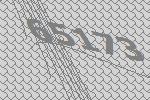
65173